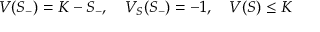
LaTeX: V ( S _ { - } ) = K - S _ { - } , \quad V _ { S } ( S _ { - } ) = - 1 , \quad V ( S ) \leq K